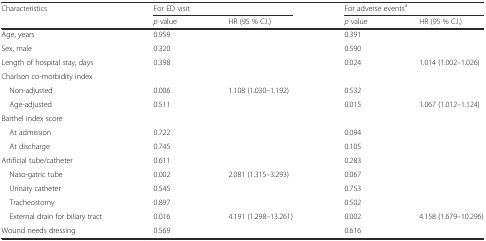
<table><thead><tr><td><b>Characteristics</b></td><td colspan="2"><b>For ED visit</b></td><td colspan="2"><b>For adverse events<sup>a</sup></b></td></tr><tr><td></td><td><b><i>p</i> value</b></td><td><b>HR (95 % C.I.)</b></td><td><b><i>p</i> value</b></td><td><b>HR (95 % C.I.)</b></td></tr></thead><tbody><tr><td>Age, years</td><td>0.959</td><td></td><td>0.391</td><td></td></tr><tr><td>Sex, male</td><td>0.320</td><td></td><td>0.590</td><td></td></tr><tr><td>Length of hospital stay, days</td><td>0.398</td><td></td><td>0.024</td><td>1.014 (1.002–1.026)</td></tr><tr><td>Charlson co-morbidity index</td><td></td><td></td><td></td><td></td></tr><tr><td> Non-adjusted</td><td>0.006</td><td>1.108 (1.030–1.192)</td><td>0.532</td><td></td></tr><tr><td> Age-adjusted</td><td>0.511</td><td></td><td>0.015</td><td>1.067 (1.012–1.124)</td></tr><tr><td>Barthel index score</td><td></td><td></td><td></td><td></td></tr><tr><td> At admission</td><td>0.722</td><td></td><td>0.094</td><td></td></tr><tr><td> At discharge</td><td>0.745</td><td></td><td>0.105</td><td></td></tr><tr><td>Artificial tube/catheter</td><td>0.611</td><td></td><td>0.283</td><td></td></tr><tr><td> Naso-gatric tube</td><td>0.002</td><td>2.081 (1.315–3.293)</td><td>0.067</td><td></td></tr><tr><td> Urinary catheter</td><td>0.545</td><td></td><td>0.753</td><td></td></tr><tr><td> Tracheostomy</td><td>0.897</td><td></td><td>0.502</td><td></td></tr><tr><td> External drain for biliary tract</td><td>0.016</td><td>4.191 (1.298–13.261)</td><td>0.002</td><td>4.158 (1.679–10.296)</td></tr><tr><td>Wound needs dressing</td><td>0.569</td><td></td><td>0.616</td><td></td></tr></tbody></table>